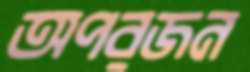
অপরজন